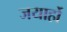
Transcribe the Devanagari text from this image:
जयार्हो